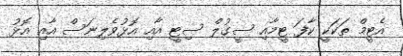
އެޓީމް ތަކަކީ ކާފަ ޓީމާއި ސީގުލް ސިޓީ އާއި އޮޅުވެލިނަސް އާއި އޮޅު